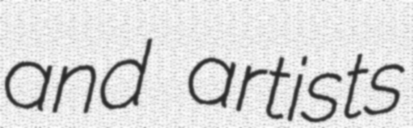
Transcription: and artists